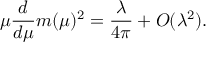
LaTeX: \mu \frac { d } { d \mu } m ( \mu ) ^ { 2 } = \frac { \lambda } { 4 \pi } + { \cal O } ( \lambda ^ { 2 } ) .